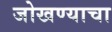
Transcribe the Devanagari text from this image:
जोखण्याचा